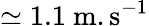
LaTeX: \simeq 1.1~\mathrm{m.s^{-1}}